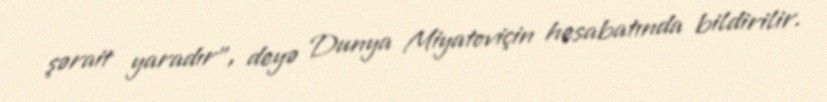
şərait yaradır”, deyə Dunya Miyatoviçin hesabatında bildirilir.